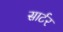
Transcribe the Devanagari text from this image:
सार्टर